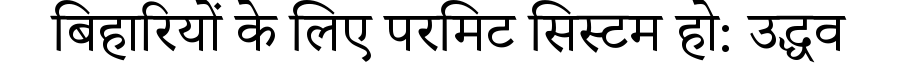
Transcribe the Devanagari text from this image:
बिहारियों के लिए परमिट सिस्टम हो: उद्धव